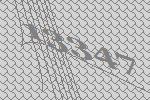
13347